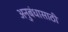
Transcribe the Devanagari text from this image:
अनुबंधासाठी